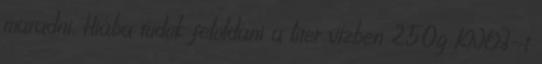
maradni. Hiába tudok feloldani a liter vízben 250g KNO3-t